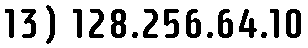
13) 128.256.64.10